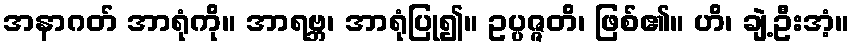
အနာဂတ် အာရုံကို။ အာရဗ္ဘ၊ အာရုံပြု၍။ ဥပ္ပဇ္ဇတိ၊ ဖြစ်၏။ ဟိ၊ ချဲ့ဦးအံ့။